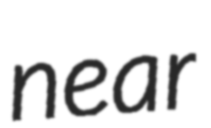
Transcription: near